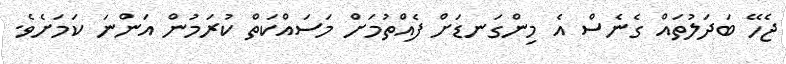
ޖެހޭ ބަދަލުތައް ގެނެސް އެ މިންގަނޑަށް ފެއްތުމަށް މަސައްކަތް ކުރަމުން އަންނަ ކަމަށެވެ.